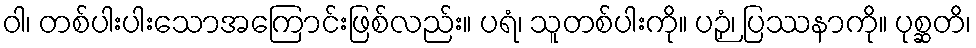
ဝါ၊ တစ်ပါးပါးသောအကြောင်းဖြစ်လည်း။ ပရံ၊ သူတစ်ပါးကို။ ပဉှံ၊ ပြဿနာကို။ ပုစ္ဆတိ၊